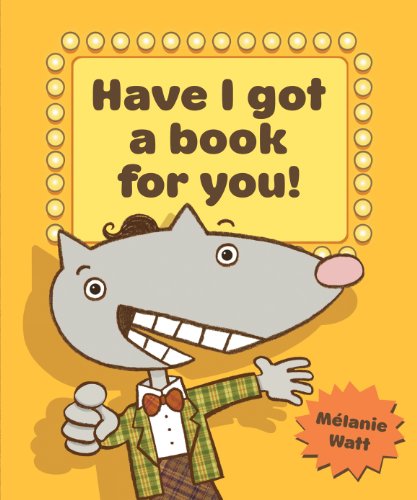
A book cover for Have I Got a Book for You!; Melanie Watt; Children's Books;